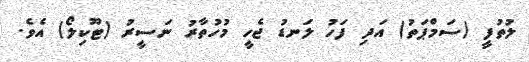
ލުތުފީ (ސަމްޕަތު) އަދި ފަހު ލަނޑު ޖެހީ މުހުތާރު ނަސީރު (ޓޫކިލޯ) އެވެ.